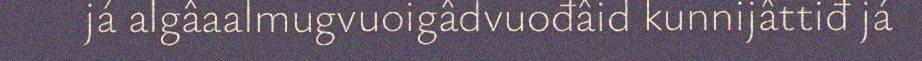
já algâaalmugvuoigâdvuođâid kunnijâttiđ já